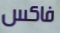
فاكس